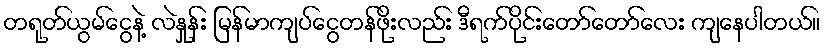
တရုတ်ယွမ်ငွေနဲ့ လဲနှုန်း မြန်မာကျပ်ငွေတန်ဖိုးလည်း ဒီရက်ပိုင်းတော်တော်လေး ကျနေပါတယ်။